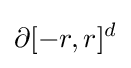
\partial [-r,r]^{d}